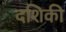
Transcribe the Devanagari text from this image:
दशिकी